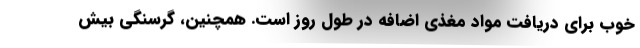
خوب برای دریافت مواد مغذی اضافه در طول روز است. همچنین، گرسنگی بیش